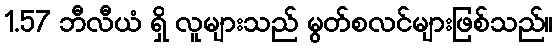
1.57 ဘီလီယံ ရှိ လူများသည် မွတ်စလင်များဖြစ်သည်။